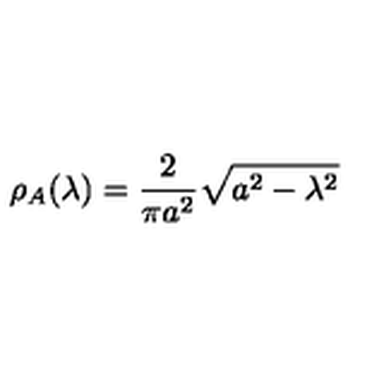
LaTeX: \rho _ { A } ( \lambda ) = \frac { 2 } { \pi a ^ { 2 } } \sqrt { a ^ { 2 } - \lambda ^ { 2 } }